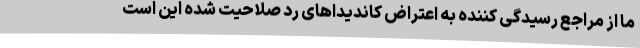
ما از مراجع رسیدگی کننده به اعتراض کاندیداهای رد صلاحیت شده این است